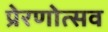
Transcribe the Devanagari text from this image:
प्रेरणोत्सव